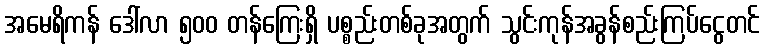
အမေရိကန် ဒေါ်လာ ၅၀၀ တန်ကြေးရှိ ပစ္စည်းတစ်ခုအတွက် သွင်းကုန်အခွန်စည်းကြပ်ငွေတင်